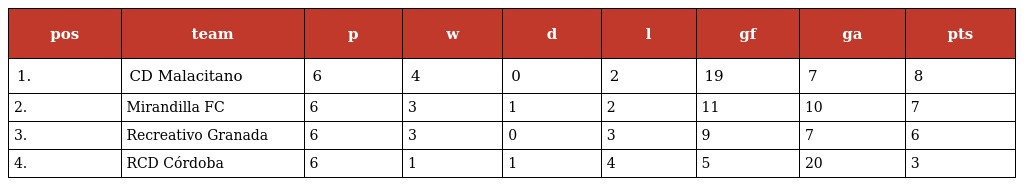
| pos | team | p | w | d | l | gf | ga | pts |
 | --- | --- | --- | --- | --- | --- | --- | --- | --- |
 | 1. | CD Malacitano | 6 | 4 | 0 | 2 | 19 | 7 | 8 |
 | 2. | Mirandilla FC | 6 | 3 | 1 | 2 | 11 | 10 | 7 |
 | 3. | Recreativo Granada | 6 | 3 | 0 | 3 | 9 | 7 | 6 |
 | 4. | RCD Córdoba | 6 | 1 | 1 | 4 | 5 | 20 | 3 |